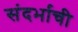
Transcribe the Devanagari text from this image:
संदर्भाची